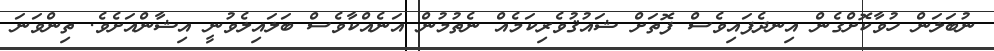
ނުބަލަން ހުވާކޮށްގެން އިނދެފައިވެސް ފޮތަށް ޝައުޤުވެރިކަމެއް ނެތުމުން އަނެއްކާވެސް ބަލައިލެވުނީ އިޝާންއަށެވެ. ތިންވަނަ